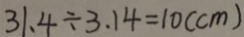
3 1 . 4 \div 3 . 1 4 = 1 0 ( c m )